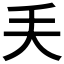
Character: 𠂕